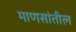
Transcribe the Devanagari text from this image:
माणसांतील